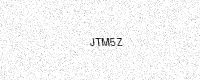
Text: JTM5Z